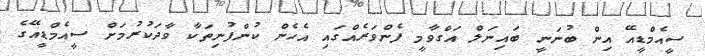
ސީއެމްޑީއޭ އިން ބުނަނީ ބައިނަލް އަގްވާމީ ފެންވަރެއްގައި އެހެން ކުންފުނިތަކާ ވާދަކުރުމަށް ސީއެމްޑީއޭގެ